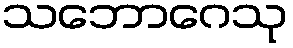
သဘောဂေသု